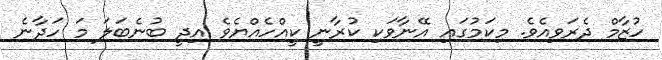
ހުޒާމް ދެރަވިއެވެ. މިކަމުގައި އޭނާވަކި ކުރާނީ ކީއްހެއްޔެވެ އިދީ ބުނެބަލަ މަ ހަދާނެ